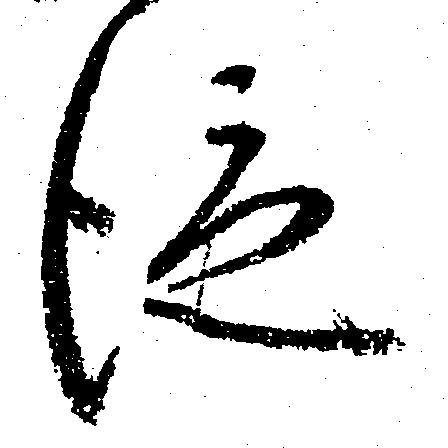
従